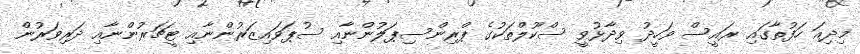
މިދިއަ ހަފުތާގައި ރައީސް ވަހީދު ވިދާޅުވީ ސްކޫލްތަކުގެ ޕްރިންސިޕަލުންނާއި ސުޕަވައިޒަރުންނާއި ޓީޗަރުންނާއި ދަރިވަރުން